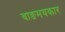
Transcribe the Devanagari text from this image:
वाङमयकार